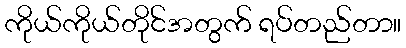
ကိုယ်ကိုယ်တိုင်အတွက် ရပ်တည်တာ။